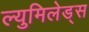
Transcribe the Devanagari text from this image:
ल्युमिलेड्स